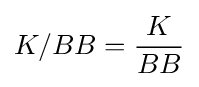
K/BB={\frac {K}{BB}}